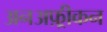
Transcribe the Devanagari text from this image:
अनअफ़्रीकन